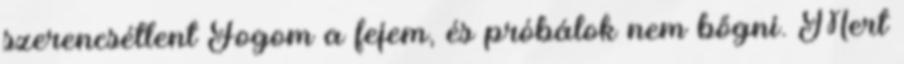
szerencsétlent Fogom a fejem, és próbálok nem bőgni. Mert